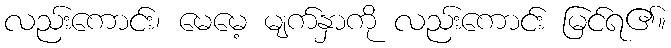
လည်းကောင်း၊ မေမေ့ မျက်နှာကို လည်းကောင်း မြင်ရ၏။